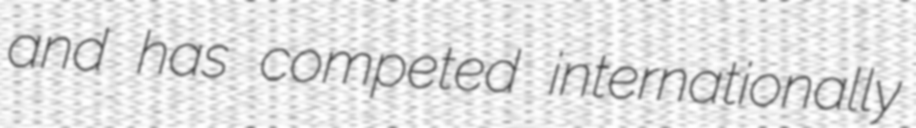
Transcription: and has competed internationally